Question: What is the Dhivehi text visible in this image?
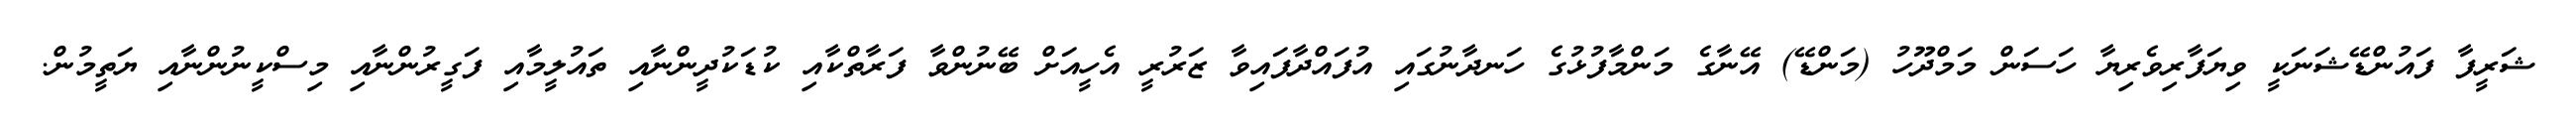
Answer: ޝަރީފާ ފައުންޑޭޝަނަކީ ވިޔަފާރިވެރިޔާ ހަސަން މަމްދޫހު (މަންޑޭ) އޭނާގެ މަންމާފުޅުގެ ހަނދާނުގައި އުފައްދާފައިވާ ޒަރުރީ އެހީއަށް ބޭނުންވާ ފަރާތްކާއި ކުޑަކުދީންނާއި ތައުލީމާއި ފަގީރުންނާއި މިސްކީނުންނާއި ޔަތީމުން.